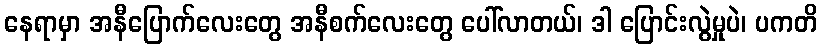
နေရာမှာ အနီပြောက်လေးတွေ အနီစက်လေးတွေ ပေါ်လာတယ်၊ ဒါ ပြောင်းလွဲမှုပဲ၊ ပကတိ